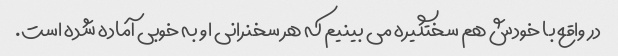
در واقع با خودش هم سختگیره می بینیم که هر سخنرانی او به خوبی آماده شده است.